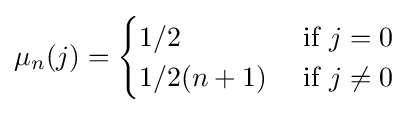
\mu _{n}(j)={\begin{cases}1/2&{\mbox{ if }}j=0\\1/2(n+1)&{\mbox{ if }}j\neq 0\\\end{cases}}